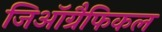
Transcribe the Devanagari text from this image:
जिऑग्रैफिकल